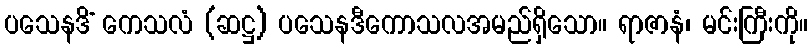
ပသေနဒိံ ကေသလံ (ဆဋ္ဌ) ပသေနဒီကောသလအမည်ရှိသော။ ရာဇာနံ၊ မင်းကြီးကို။